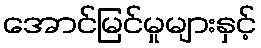
အောင်မြင်မှုများနှင့်